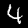
Digit: 4